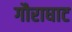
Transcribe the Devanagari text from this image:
गौराघाट